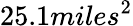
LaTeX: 25.1miles^{2}